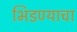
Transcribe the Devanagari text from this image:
भिडण्याचा